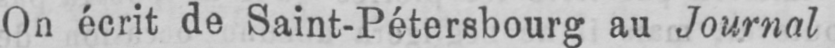
On écrit de Saint-Pétersbourg au Journal